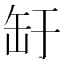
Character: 䍂